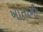
ખાતાની